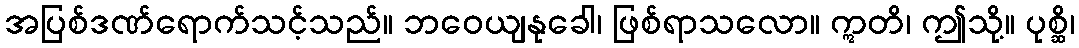
အပြစ်ဒဏ်ရောက်သင့်သည်။ ဘဝေယျနုခေါ၊ ဖြစ်ရာသလော။ ဣတိ၊ ဤသို့။ ပုစ္ဆိ၊